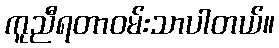
ကူညီရတာဝမ်းသာပါတယ်။